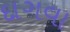
દાગવા